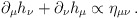
\begin{align*}\partial_{\mu}h_{\nu}+\partial_{\nu}h_{\mu}\propto \eta_{\mu\nu}\,.\end{align*}